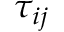
\tau _ { i j }